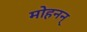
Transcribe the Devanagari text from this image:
मोहनन्